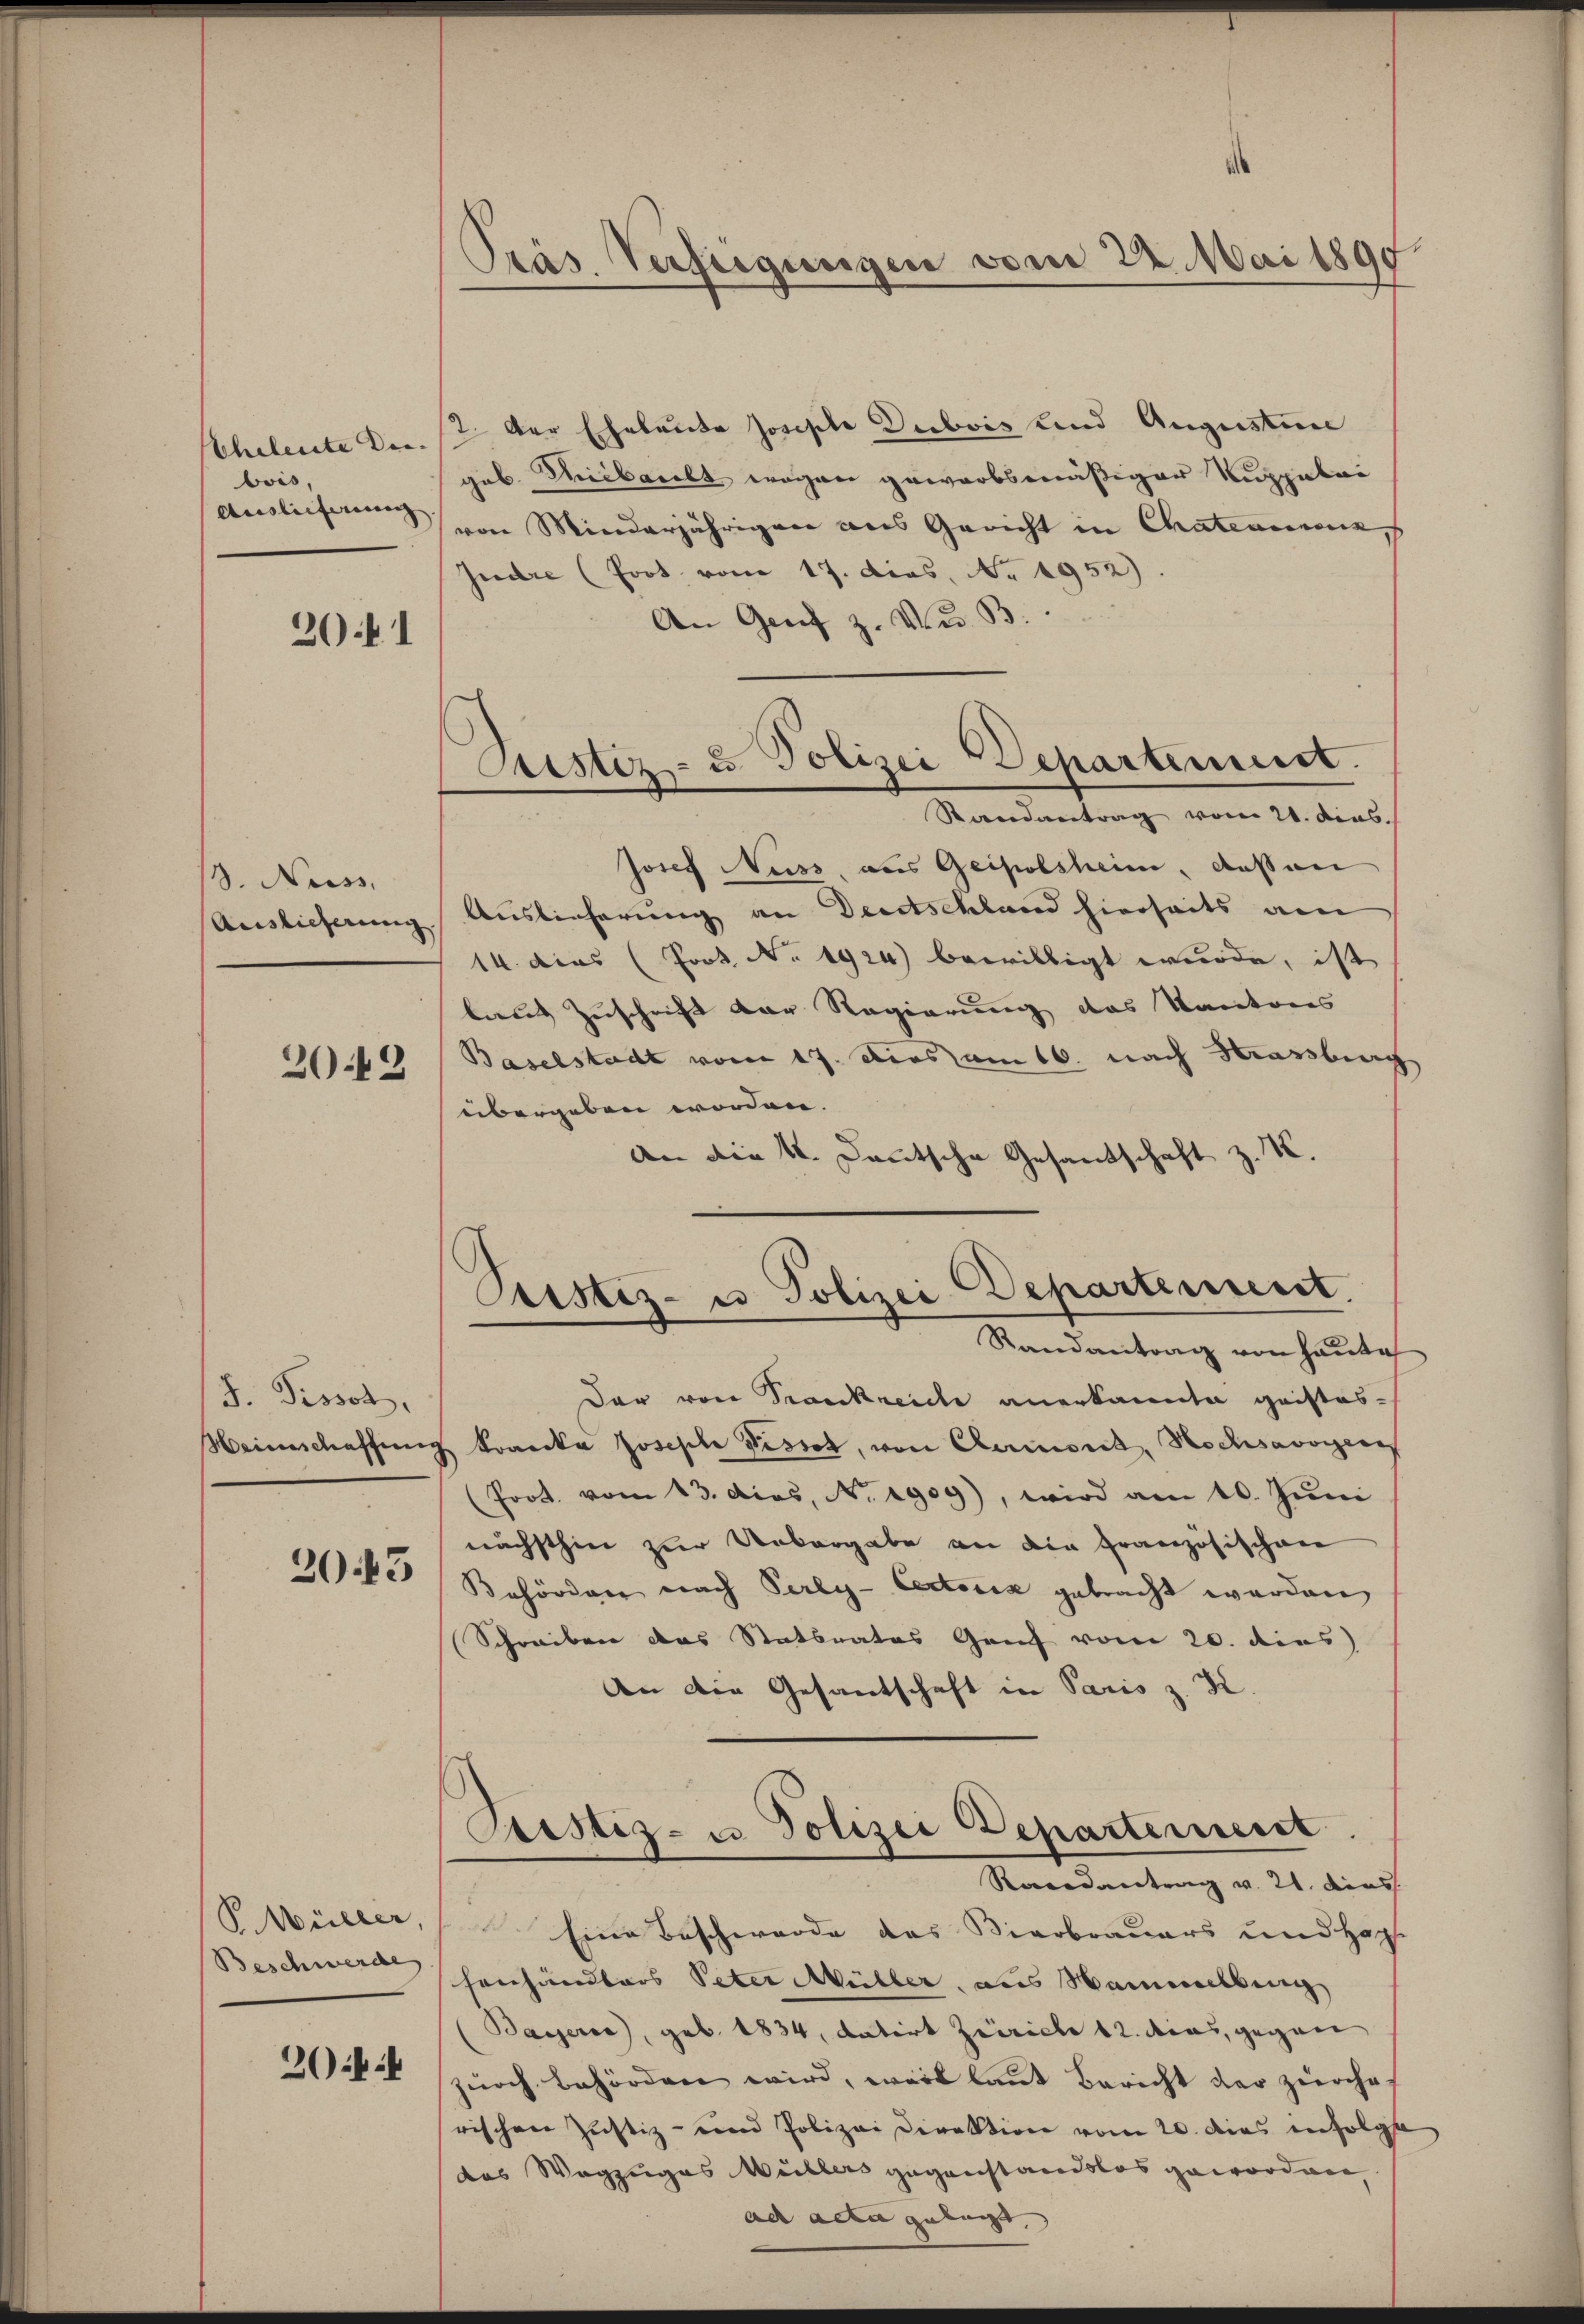
Cheleute Dir
bois,

20 f 1

. Nuss.

2043

J. Pissol,

2013

P. Müller,
Beschwerde

20 i

Präs. Verfügungen vom 22. Mai 1890.

7. Der Eheleute Josepte Dubois und Augustin
geb. Miilacelt wegen gewarbsmäßiger Kuppalai
Auslieferung von Minderjährigen aus Gericht in Chationienz
Judre (Prot. vom 17. dies. No. 1952).
An Genf z. Nur B
Josef Nuss, aus Geipolsheim, dessen
Auslieferung Auslieferung an Deutschland hierseits am
14. dies (Prot. No. 1924) bewilligt wurde, ist
laut Zuschrift der Regierung des Kantons
Baselstadt vom 17. Dies am 16. nach Strassberg
übergeben worden. |
An die K. Deutsche Gesandschaft z. K.

Justiz- u. Polizei Departement.
Randantrag vom 21. dens

Peister- u Polizei Departement.
Randantrag von heute

Der von Krankreiche anerkannte geistes¬
Weinschaffung kranka Joseph Pissot, von Chamont, Hochsavoyen
Prot. vom 13. dies, No. 1909), wird am 10. Juni
nächsthin zur Uebergabe an die Französischen
Behörden nach Perly-Certoria gebracht werden,
Schreiben das Statbrates Genf vom 20. dies
An die Gesantschaft in Paris z. K.
Ptistiz- u Polizei Departement
Recondantrag v. 21. dies
Eine Beschwerde das Bierbrauers und Hopf
henhändlers Peter Müller, aus Sammelbung
Bassers, geb. 1834, datirt Zürich 12. dies, gegen
zurch behörden wird, weil laut Bericht der zürche-
rischen Justiz- und Polizei Direktion vom 20. dies infolge
das Wegzuges Müllers gegenstandslos geworden
ad acta gelegt.